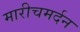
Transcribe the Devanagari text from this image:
मारीचमर्दन